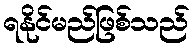
ရနိုင်မည်ဖြစ်သည်